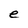
Character: e